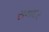
સમાદર